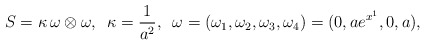
\begin{align*}S = \kappa\, \omega \otimes \omega, \,\,\, \kappa = \frac{1}{a^2}, \,\,\, \omega = ( \omega _{1}, \omega _{2}, \omega _{3}, \omega _{4})= (0, ae^{x^1}, 0, a), \end{align*}